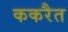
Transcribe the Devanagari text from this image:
ककरैत